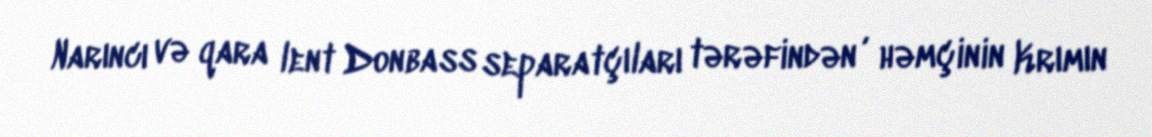
Narıncı və qara lent Donbass separatçıları tərəfindən , həmçinin Krımın